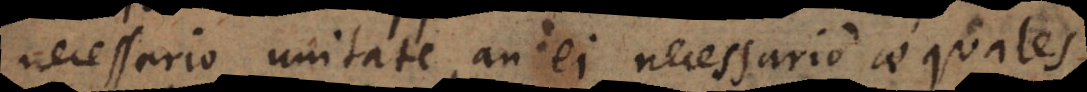
necessario unitate, an ei necessario aequales,